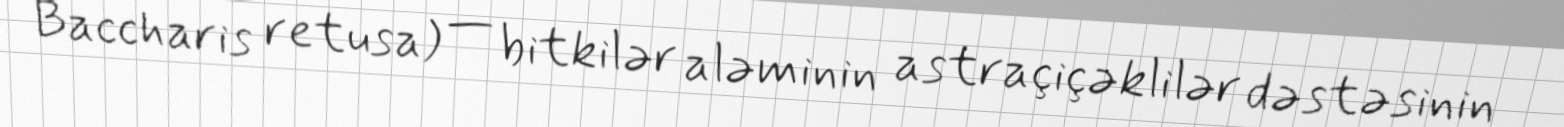
Baccharis retusa) — bitkilər aləminin astraçiçəklilər dəstəsinin